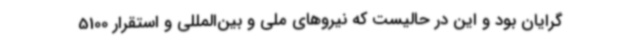
گرایان بود و این در حالیست که نیروهای ملی و بین‌المللی و استقرار 5100